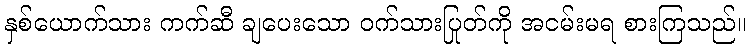
နှစ်ယောက်သား ကက်ဆီ ချပေးသော ဝက်သားပြုတ်ကို အငမ်းမရ စားကြသည်။